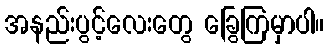
အနည်းပွင့်လေးတွေ ခြွေကြမှာပါ။